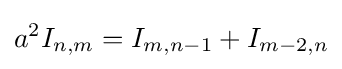
{a^{2}}I_{n,m}=I_{m,n-1}+I_{m-2,n}\,\!